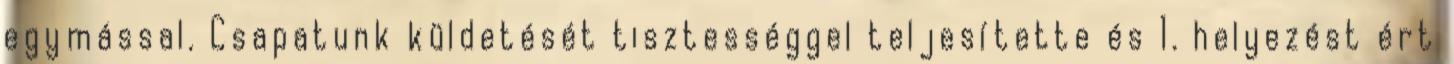
egymással. Csapatunk küldetését tisztességgel teljesítette és 1. helyezést ért